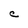
Character: C